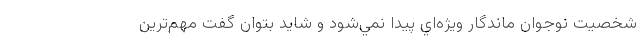
شخصيت نوجوان ماندگار ويژه‌اي پيدا نمي‌شود و شايد بتوان گفت مهم‌ترين